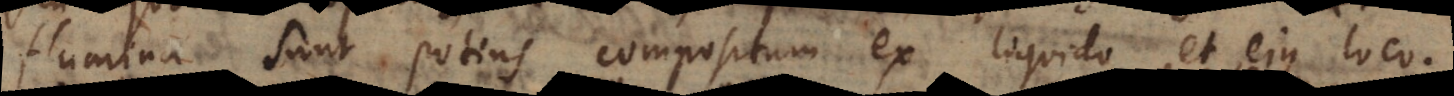
flumina sunt potius compositum ex liquido et ejus loco.